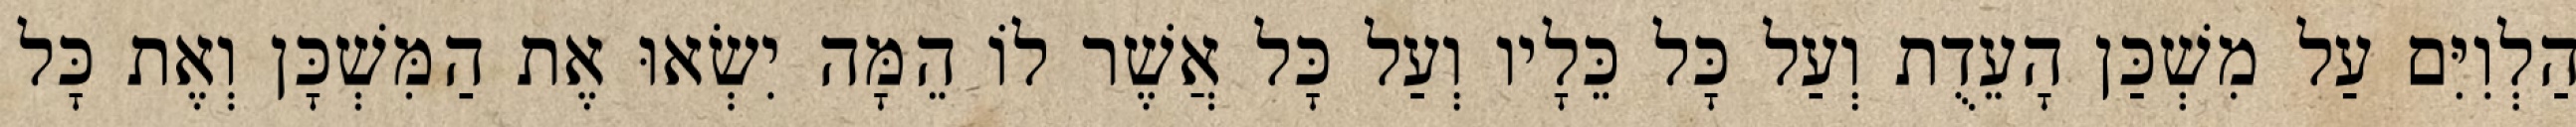
הַלְוִיִּם עַל מִשְׁכַּן הָעֵדֻת וְעַל כָּל כֵּלָיו וְעַל כָּל אֲשֶׁר לוֹ הֵמָּה יִשְׂאוּ אֶת הַמִּשְׁכָּן וְאֶת כָּל